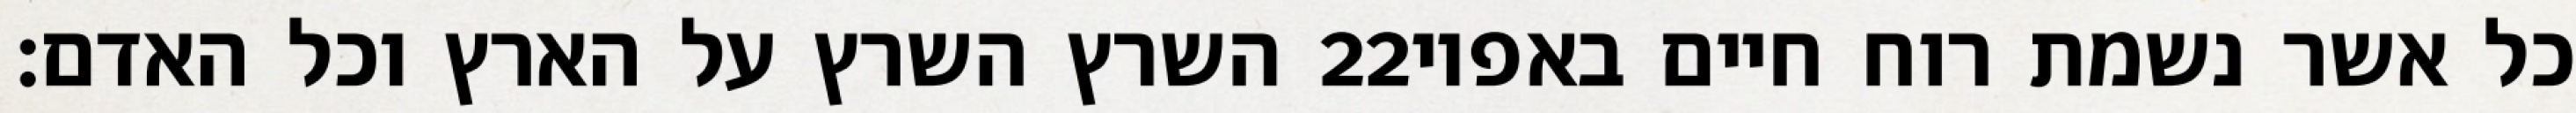
השרץ השרץ על הארץ וכל האדם׃ ‎22‏ כל אשר נשמת רוח חיים באפיו